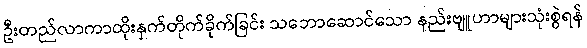
ဦးတည်လာကာထိုးနှက်တိုက်ခိုက်ခြင်း သဘောဆောင်သော နည်းဗျူဟာများသုံးစွဲရန်